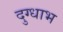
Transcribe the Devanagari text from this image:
दुग्धाभ